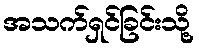
အသက်ရှင်ခြင်းသို့